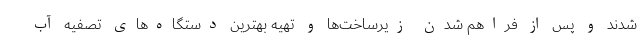
شدند و پس از فراهم شدن زیرساخت‌ها و تهیه بهترین دستگاه‌های تصفیه آب